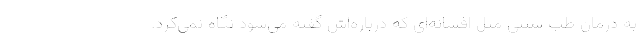
به درمان طب سنتی مثل افسانه‌ای که درباره‌اش گفته می‌شود نگاه نمی‌کرد.